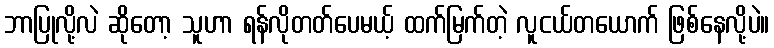
ဘာပြုလို့လဲ ဆိုတော့ သူဟာ ရန်လိုတတ်ပေမယ့် ထက်မြက်တဲ့ လူငယ်တယောက် ဖြစ်နေလို့ပဲ။